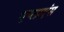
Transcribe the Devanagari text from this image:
एप्लाएंस